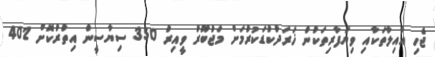
ޖެހި އާއިލާތަކާއި ވިޔަފާރިތަކުން ޚަރަދުކުޑަކުރުމަށް މަޖުބޫރު ވީއިރު 350 ސިޔާސީން އިތުރުކޮށް 402